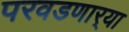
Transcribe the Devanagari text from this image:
परवडणार्‍या